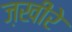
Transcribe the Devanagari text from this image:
ज़खीरे